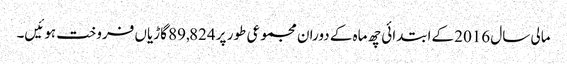
مالی سال 2016 کےابتدائی چھ ماہ کے دوران مجموعی طور پر 89,824 گاڑیاں فروخت ہوئیں۔